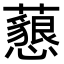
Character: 𧄅